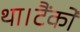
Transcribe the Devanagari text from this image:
था।टैंकों